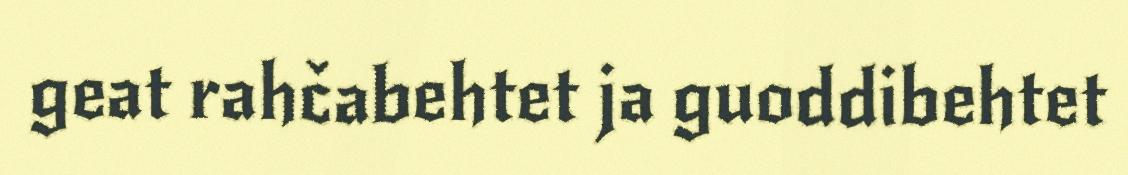
geat rahčabehtet ja guoddibehtet